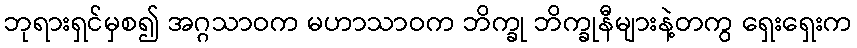
ဘုရားရှင်မှစ၍ အဂ္ဂသာဝက မဟာသာဝက ဘိက္ခု ဘိက္ခုနီများနဲ့တကွ ရှေးရှေးက